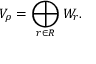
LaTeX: V _ { \rho } = \bigoplus _ { r \in R } W _ { r } .